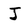
Character: J